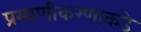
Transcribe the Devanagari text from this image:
प्रमाणीकरणाकडे